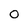
Character: 0